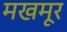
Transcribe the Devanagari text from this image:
मखमूर